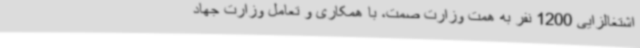
اشتغالزایی 1200 نفر به همت وزارت صمت، با همکاری و تعامل وزارت جهاد